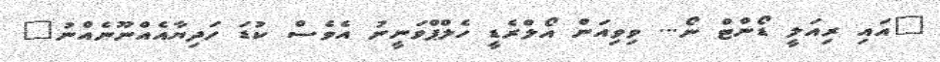
"އައި ރިއަލީ ޑޯންޓް ނޯ... ވިވިއަން އޯލްރެޑީ ހެލްޕްވަނީނު އެވެސް ކުޑަ ހަދިޔާއެއްނޫނެއްނު"